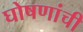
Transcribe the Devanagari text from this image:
घोषणांची